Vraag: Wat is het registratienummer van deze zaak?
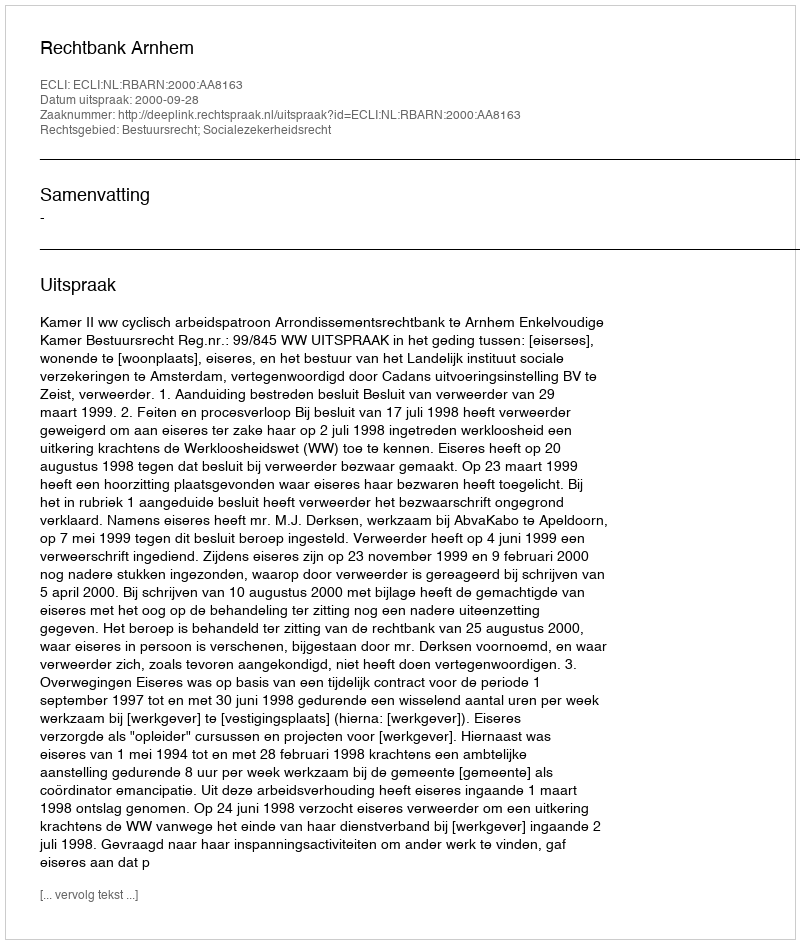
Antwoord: http://deeplink.rechtspraak.nl/uitspraak?id=ECLI:NL:RBARN:2000:AA8163